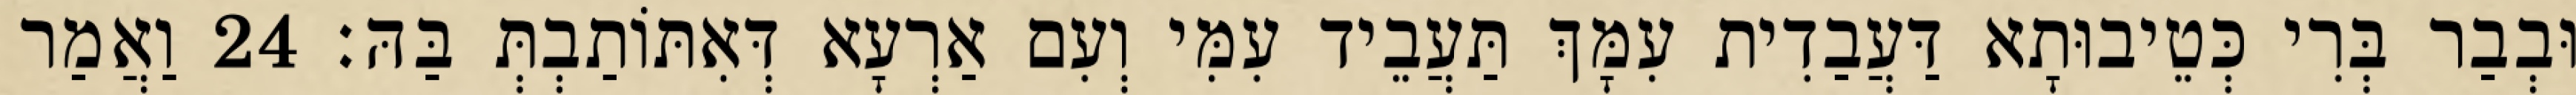
וּבְבַר בְּרִי כְּטֵיבוּתָא דַּעֲבַדִית עִמָּךְ תַּעֲבֵיד עִמִּי וְעִם אַרְעָא דְּאִתּוֹתַבְתְּ בַּהּ׃ 24 וַאֲמַר